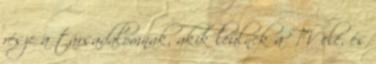
része a társadalomnak, akik leülnek a TV elé, és